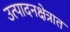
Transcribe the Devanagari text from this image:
उत्पादनक्षेत्रात